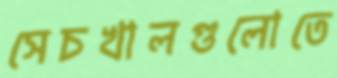
সেচখালগুলোতে